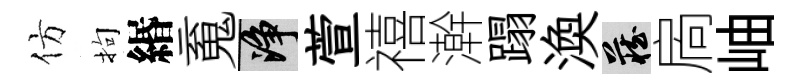
仿拘緡䰟净萱禧澣蹋渙藏扄岫